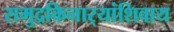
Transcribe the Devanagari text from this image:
समुद्रकिनार्‍यांशिवाय